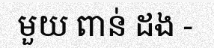
មួយ ពាន់ ដង -